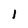
Character: 1